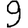
Digit: 9